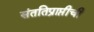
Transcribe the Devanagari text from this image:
संततिप्राप्तीची